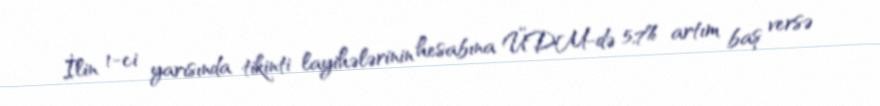
İlin 1-ci yarısında tikinti layihələrinin hesabına ÜDM-də 5,7% artım baş versə